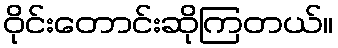
ဝိုင်းတောင်းဆိုကြတယ်။